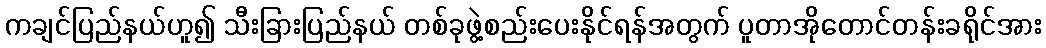
ကချင်ပြည်နယ်ဟူ၍ သီးခြားပြည်နယ် တစ်ခုဖွဲ့စည်းပေးနိုင်ရန်အတွက် ပူတာအိုတောင်တန်းခရိုင်အား